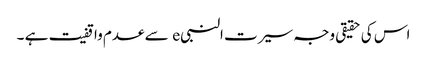
اس کی حقیقی وجہ سیرت النبیe سے عدم واقفیت ہے ۔